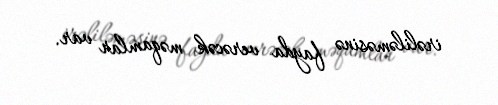
irəliləməsinə fayda verəcək məqamlar var.